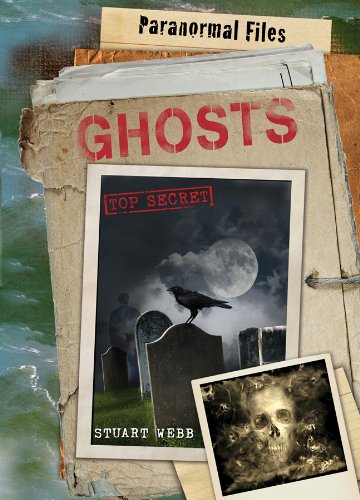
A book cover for Ghosts (Paranormal Files); Stuart Webb; Teen & Young Adult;